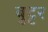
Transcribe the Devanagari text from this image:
बुट्टर